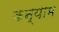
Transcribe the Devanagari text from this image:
कन्याम